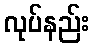
လုပ်နည်း